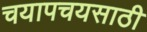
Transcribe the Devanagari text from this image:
चयापचयसाठी